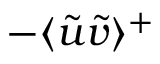
- \textlangle \Tilde { u } \Tilde { v } \textrangle ^ { + }